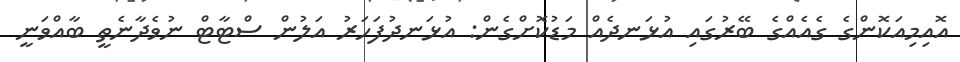
އޮއިމިއަކޮންގެ ގެއެއްގެ ބޭރުގައި އުޅަނދެއް މަޑުކޮށްގެން: އުޅަނދުފަހަރު އަލުން ސްޓާޓް ނުވެދާނެތީ ބާއްވަނީ